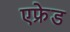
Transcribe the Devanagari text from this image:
एफ्रेड